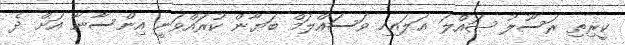
ކީރިތި ރަސޫލު ޞައްލަ ޢަލައިހި ވަސައްލަމް ބަޔާން ކުރައްވަނީ އިންސާނާ އަށް ދެ